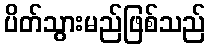
ပိတ်သွားမည်ဖြစ်သည်